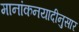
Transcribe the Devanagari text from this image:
मानांकनयादीनुसार